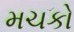
મચકો